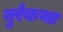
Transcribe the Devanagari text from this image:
बुर्रकथा